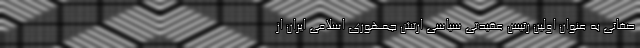
صفائی به عنوان اولین رئیس عقیدتی سیاسی ارتش جمهوری اسلامی ایران از